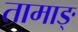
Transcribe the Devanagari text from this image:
तामाङ्‌